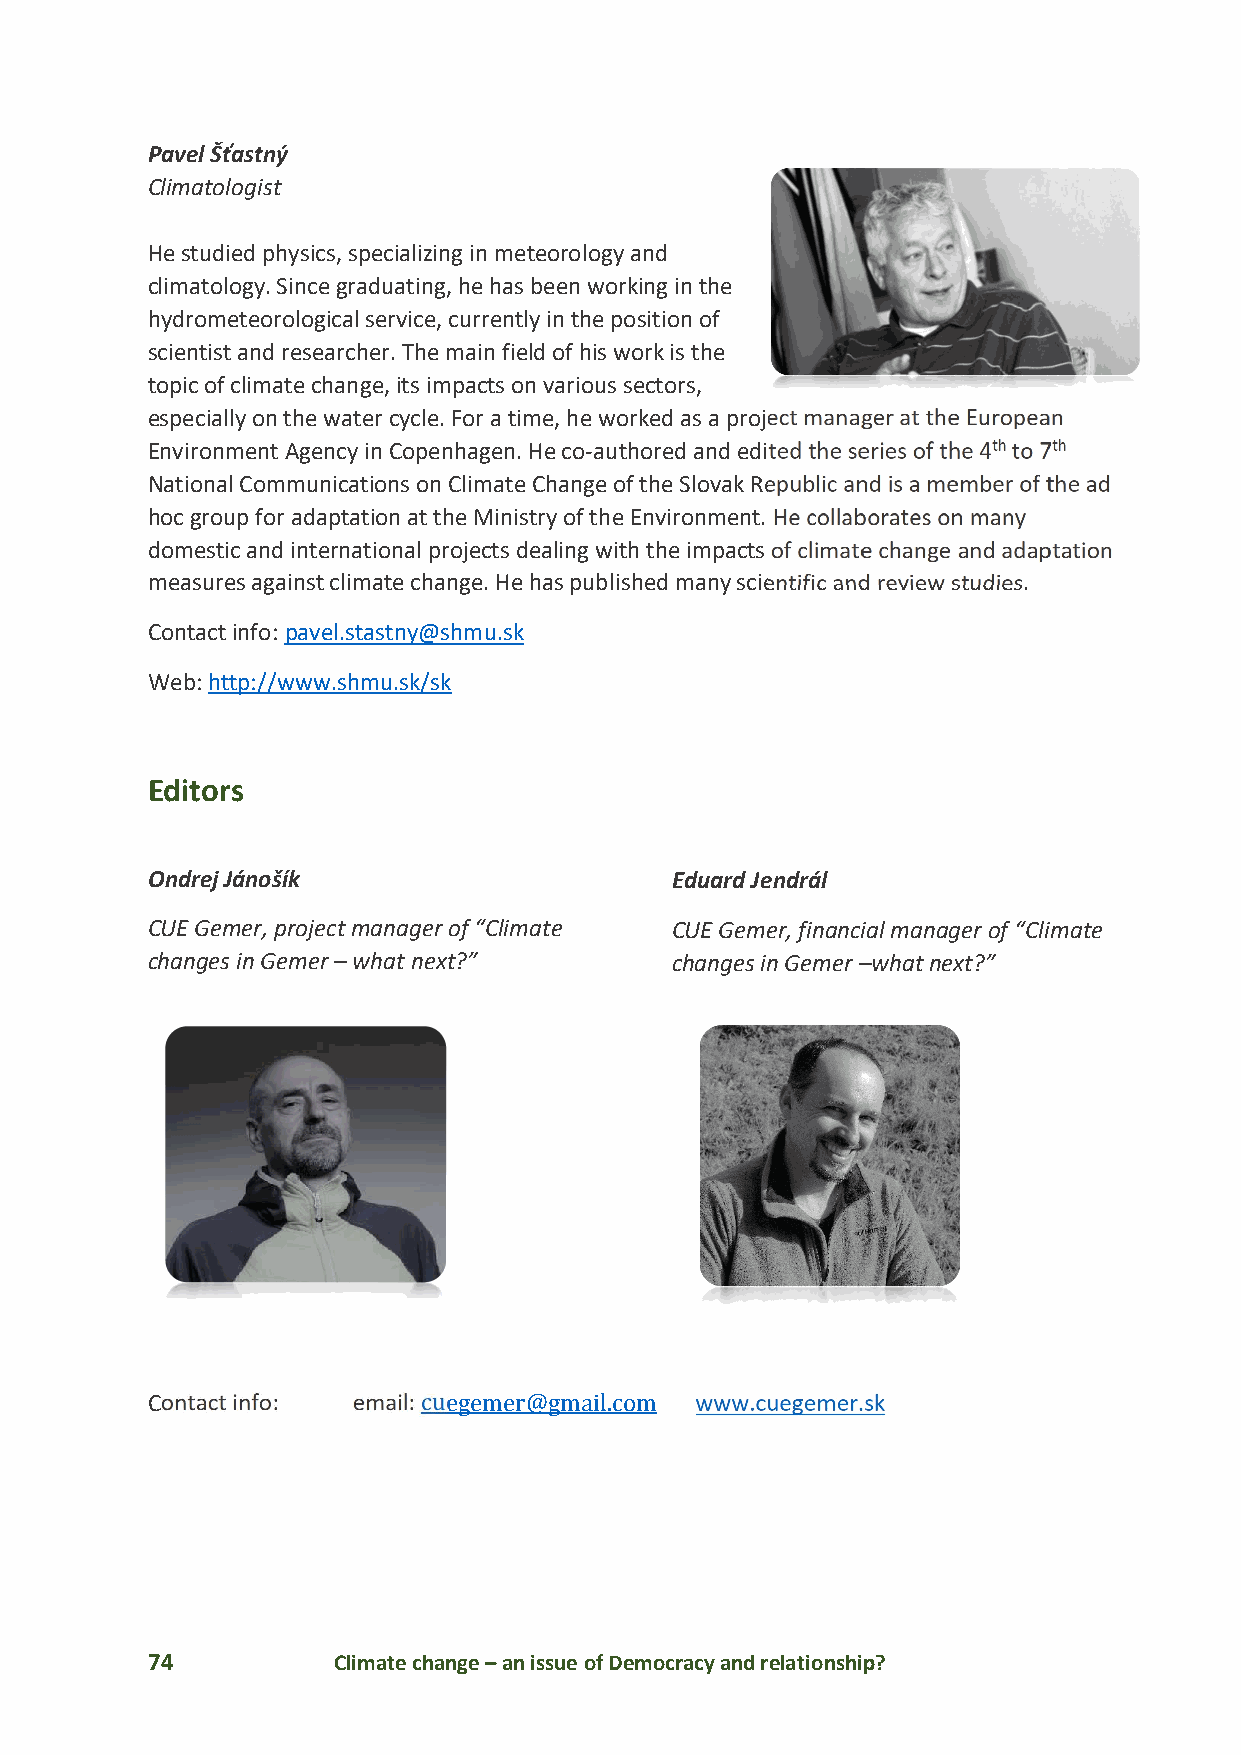
Pavel Šťastný
 Climatologist
 He studied physics, specializing in meteorology and
 climatology. Since graduating, he has been working in the
 hydrometeorological service, currently in the position of
 scientist and researcher. The main field of his work is the
 topic of climate change, its impacts on various sectors,
 especially on the water cycle. For a time, he worked as a project manager at the European
 Environment Agency in Copenhagen. He co-authored and edited the series of the 4th to 7th
 National Communications on Climate Change of the Slovak Republic and is a member of the ad
 hoc group for adaptation at the Ministry of the Environment. He collaborates on many
 domestic and international projects dealing with the impacts of climate change and adaptation
 measures against climate change. He has published many scientific and review studies.
 Contact info: pavel.stastny@shmu.sk
 Web: http://www.shmu.sk/sk
 Editors
 Ondrej Jánošík                    Eduard Jendrál
 CUE Gemer, project manager of “Climate CUE Gemer, financial manager of “Climate
 changes in Gemer – what next?”    changes in Gemer –what next?”
 Contact info: email: cuegemer@gmail.com www.cuegemer.sk
 74          Climate change – an issue of Democracy and relationship?